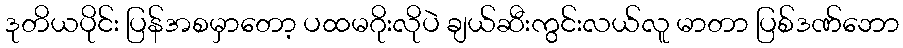
ဒုတိယပိုင်း ပြန်အစမှာတော့ ပထမဂိုးလိုပဲ ချယ်ဆီးကွင်းလယ်လူ မာတာ ပြစ်ဒဏ်ဘော